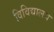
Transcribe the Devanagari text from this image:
विविद्यालय